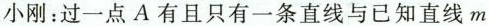
小刚：过一点A有且只有一条直线与已知直线m